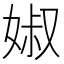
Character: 婌